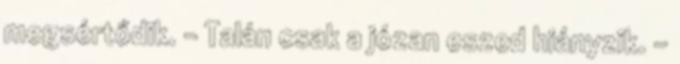
megsértődik. – Talán csak a józan eszed hiányzik. –